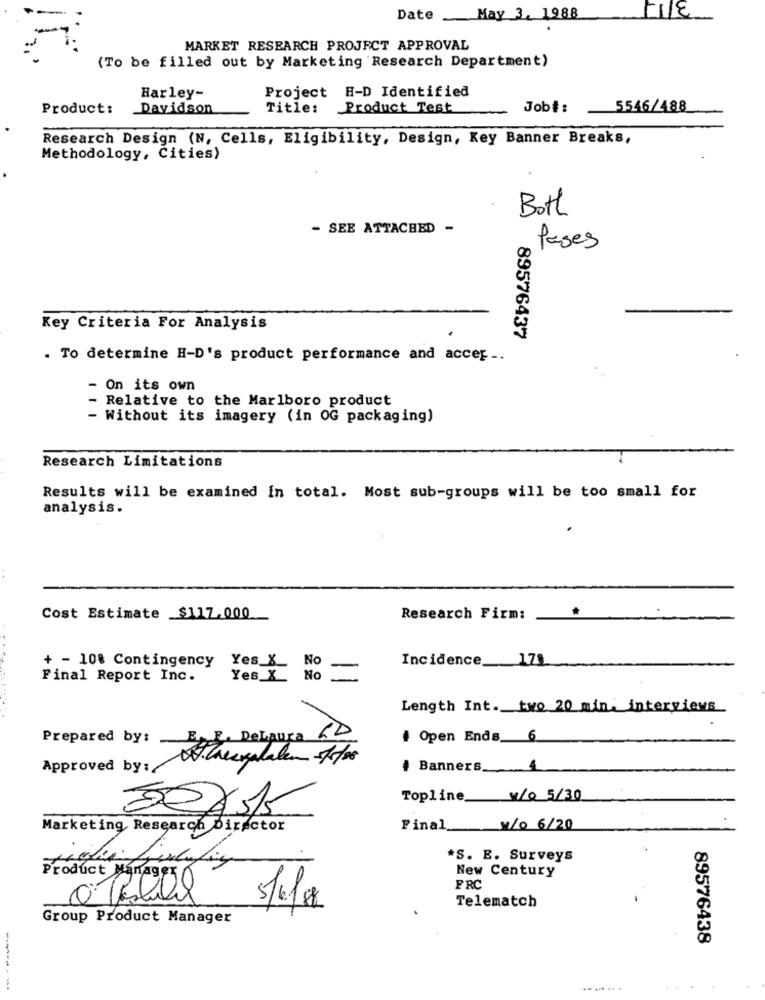
Date May 3, 1988
MARKET RESEARCH PROJECT APPROVAL
(To be filled out by Marketing Research Department)
Project H-D Identified
Harley-
Product:
Davidson
Title:
Product Test
Job#: 5546/488
Research Design (N, Cells, Eligibility, Design, Key Banner Breaks,
Methodology, Cities)
Bott
- SEE ATTACHED -
Pases
Key Criteria For Analysis
89576437
. To determine H-D's product performance and accep ..
- On its own
- Relative to the Marlboro product
- Without its imagery (in OG packaging)
Research Limitations
Results will be examined in total. Most sub-groups will be too small for
analysis.
Cost Estimate $117.000
Research Firm:
Incidence __ 178
+ - 10% Contingency
Yes &
No
Final Report Inc.
Yes_X
No
Length Int. two 20 min. interviews
Prepared by:
E. F. DeLaura
# Open Ends_ 6
Approved by:/
# Banners
Topline
w/0 5/30
Marketing Research Director
Final_
11/0 6/20
*S. E. Surveys
New Century
Product Manager
FRC
Telematch
Group Product Manager
89576438
........